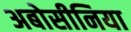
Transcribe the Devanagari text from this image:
अबोसीनिया